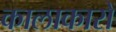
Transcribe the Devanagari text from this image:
कालाकारों